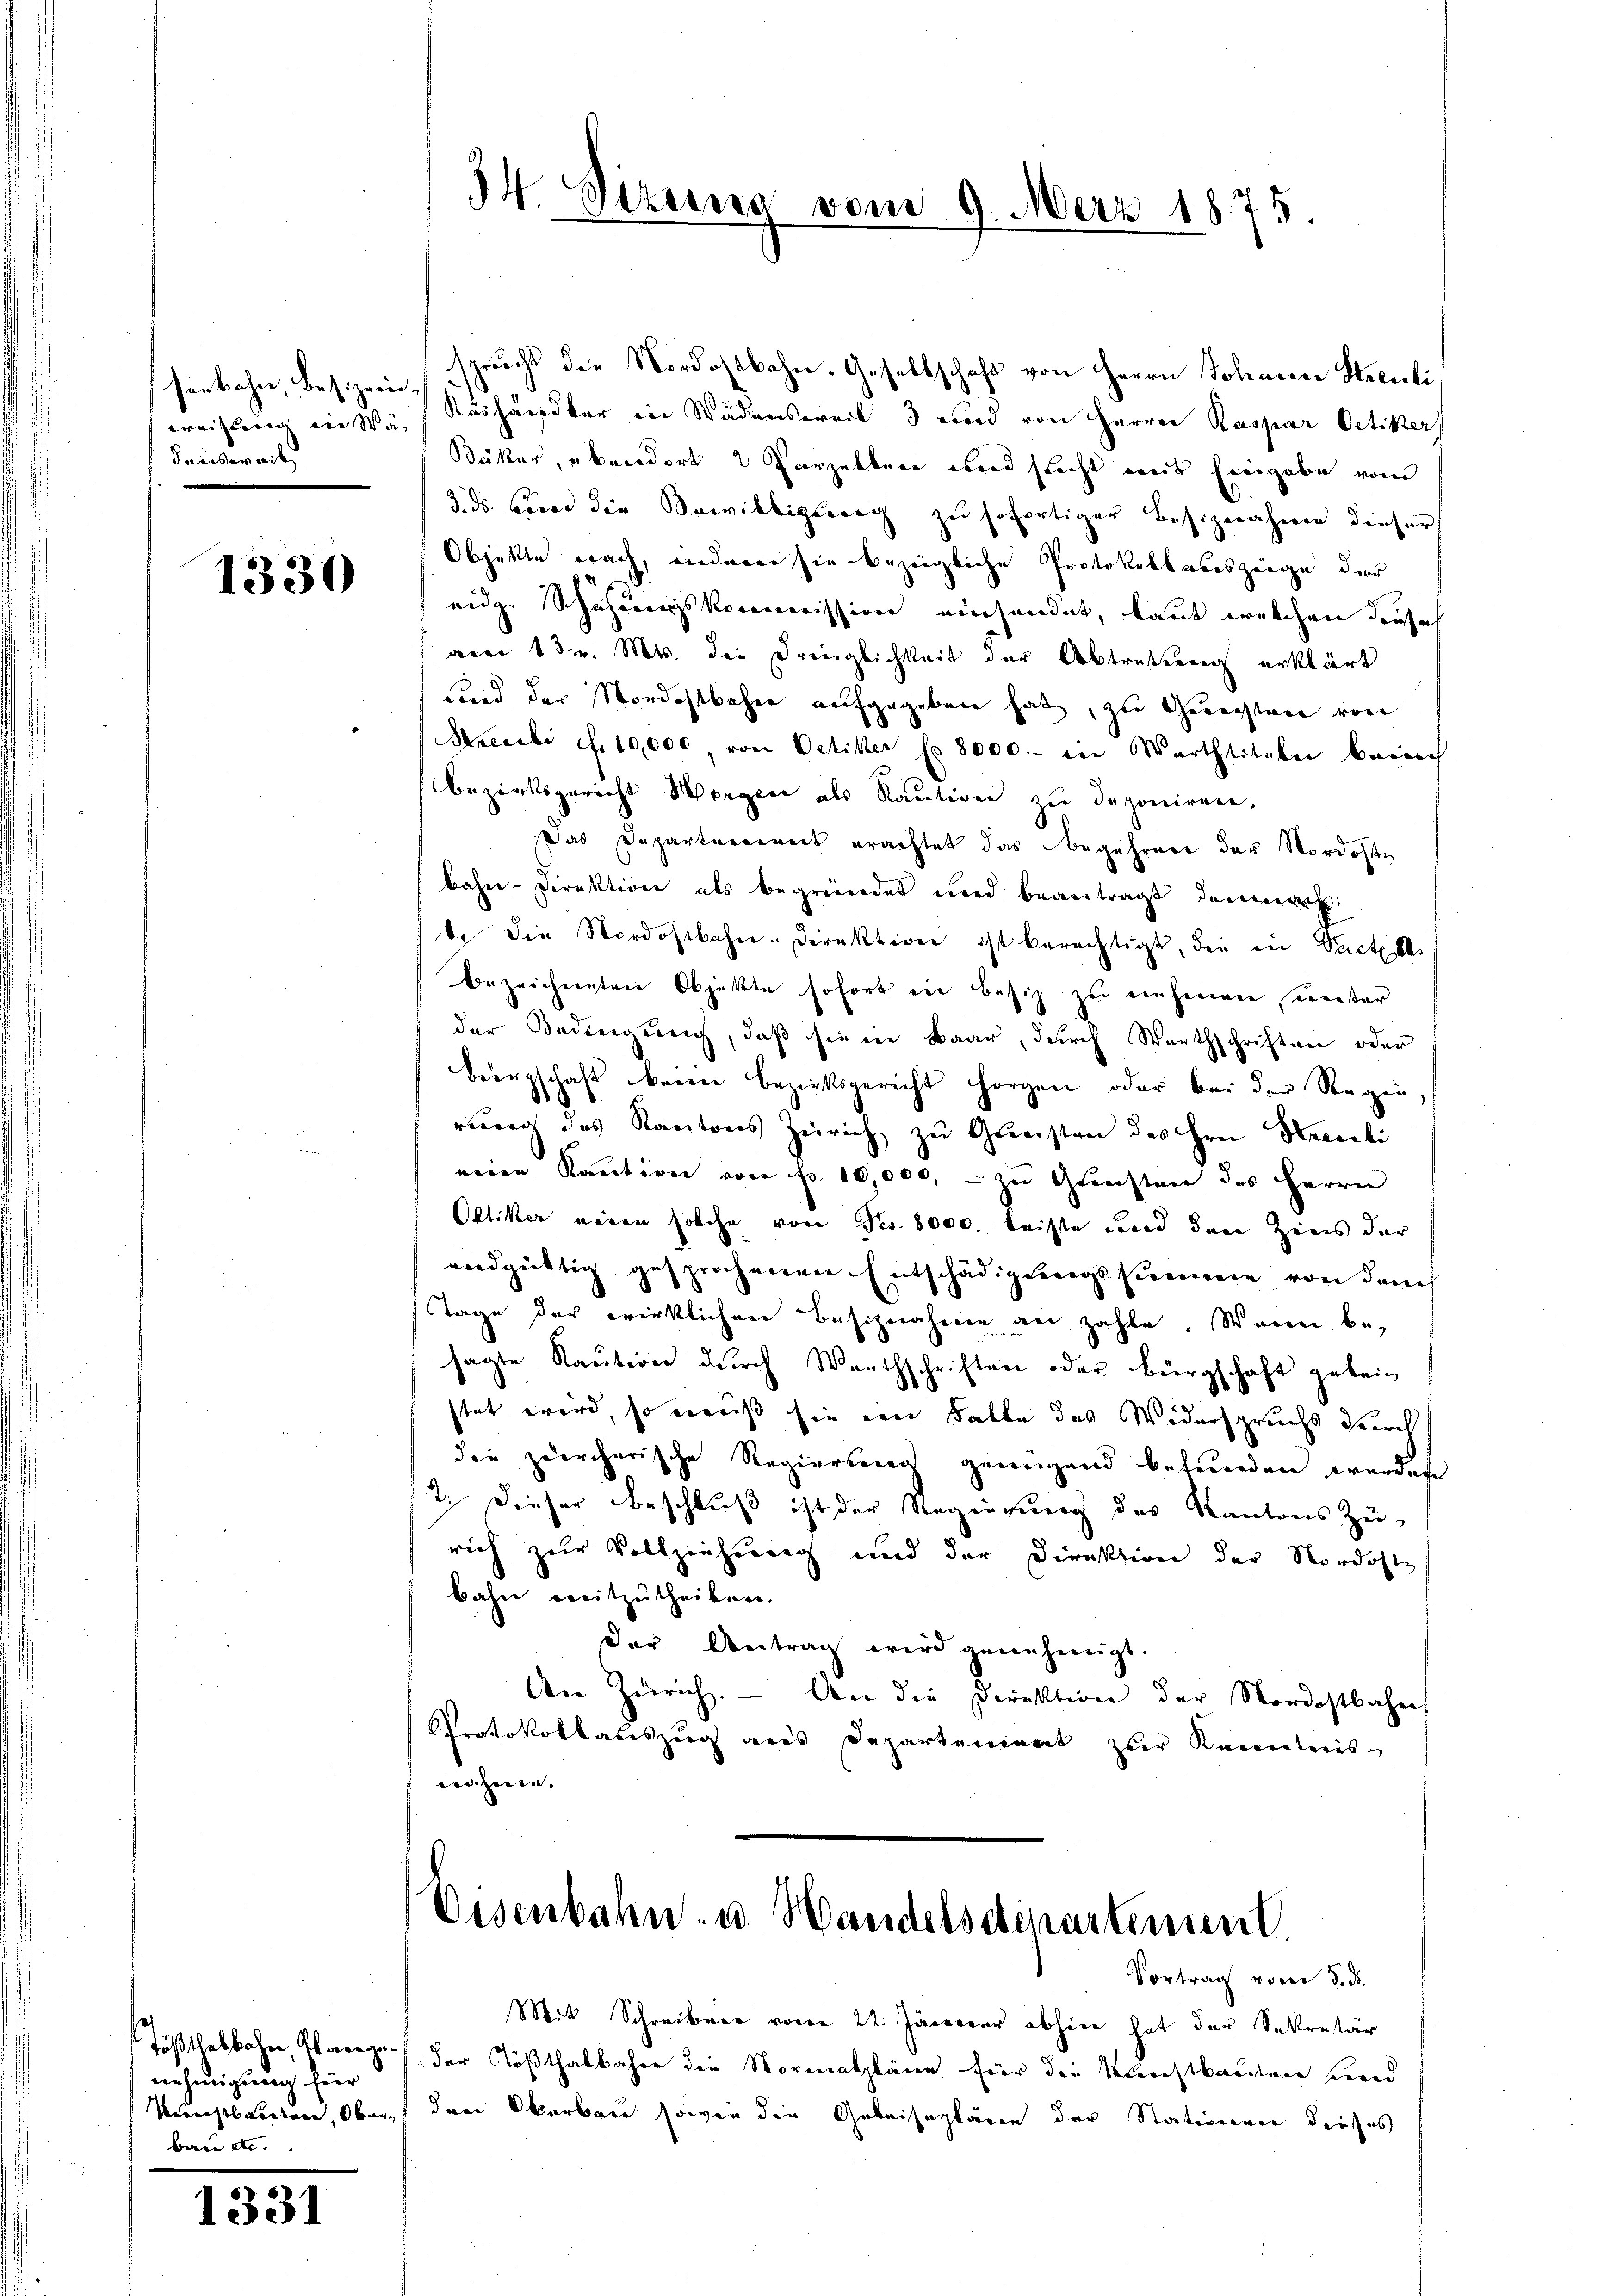
senbahn, besizeindenbereit

1330

Tößthalbahn, Planege.
nehmigung für
Verachtbandenen, Ober
waren etc.

1331

34. Sizung vom 9. März 1875

spruchs der Nordostbahn-Gesellschaft von Herrn Johanne Streuli
weistung eines Käshändler in Wädensweil 3 wird von Herren Raspar Oetiker
Bäker, aber dort 2 Parzelbere wird sacht weil Eingabe vom
3. ds. Brand die Bewilligung zu sofortiger Besiznahme dieser
Objekte nach, anderer sie bezeigliche Protokollauszeige der
eide Schuhungskommission nichendet, laut welchen derseh
aren 13. v. Mts. der Dreiglichkeit der Abtretung erklärt
und der Nordostbahne aufgegeben hat, zu Gerechten von
Akcenii c. 10,000, von Oetiker No. 8000.- in Warttiteln berich
Bezirksgericht Morgen als Raution zu deponiren,
Das Departereirect erachtet das Begehrere der Nordoste
bahn-Direktion als begründet und beantragt demnach
te die Nordostbahn-Direktion ist berechtigt, die in Pactes
bezeichneten Objekte sofort in Besitz zu nehmen, unter
der Bedingung, daß sie in Baar, durch Werthschriften oder
Beirgschaft keine Bezirksgericht Horgen oder bei der Regen
reuung des Kantons Zürich zu Griesten des Hrn. Hendli
neien Kaution von Fr. 10,000, – zu Gunsten des Herrn
Ottiker neuen solche von Fr. 8000. leiste Land den Zins der
vndgültig gesprochenen Entschädigungssumme von dem
Tage der wirklichen Besiznahmen an zahle. Wenn be
sagte Kaŭtion dŭrch Warthschriften oder Bürgschaft gebei
stet wird, so weiß sie ein Falle des Widerspruchs durch
die zuercherische Regiereinen genügend befunden werdene
7. Dieser Beschluß ist der Regierung des Kantons zu-
rich zur Vollziehung und der Direktion der Nordoste
bahne weitzutheilen.
der Antrag wird genehmigt.
An Zürich. - An die Direktion der Nordostbahn
Protokollauszug aus Departement zur Kenntnis
nähmen. |

Eisenbahn u. Handelsdepartemen
Vortrag vom 3. ds.

Mit Schreiben vom 22. Jänner abhin hat der Sekretär
der Tößthalbahre die Normalpläne fier die Klerchtbaudinen Bered
dere Oberbau sowie die Geleisepläne der Stationen dieses